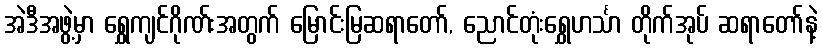
အဲဒီအဖွဲ့မှာ ရွှေကျင်ဂိုဏ်းအတွက် မြောင်းမြဆရာတော်, ညောင်တုံးရွှေဟင်္သာ တိုက်အုပ် ဆရာတော်နဲ့